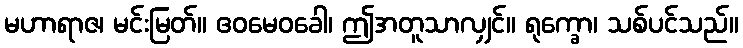
မဟာရာဇ၊ မင်းမြတ်။ ဧဝမေဝခေါ၊ ဤအတူသာလျှင်။ ရုက္ခော၊ သစ်ပင်သည်။